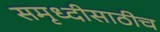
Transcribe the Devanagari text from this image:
समृध्दीसाठीच